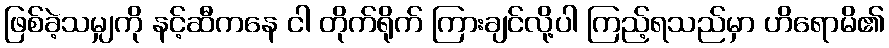
ဖြစ်ခဲ့သမျှကို နင့်ဆီကနေ ငါ တိုက်ရိုက် ကြားချင်လို့ပါ ကြည့်ရသည်မှာ ဟိရောမိ၏